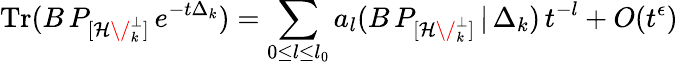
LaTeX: \mathrm{Tr}(B\, P_{[{\cal H\/ }_{k}^{\perp}]}\, e^{-t\Delta_{k}})=\sum_{0{\leq}l{\leq}l_{0}}a_{l}(B\, P_{[{\cal H\/ }_{k}^{\perp}]}\, |\, \Delta_{k})\, t^{-l}+O(t^{\epsilon})